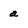
Character: a